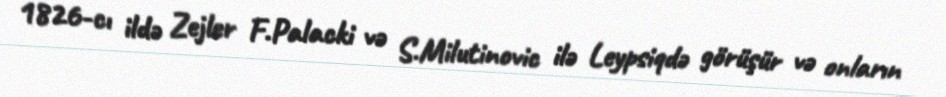
1826-cı ildə Zejler F.Palacki və S.Milutinovic ilə Leypsiqdə görüşür və onların